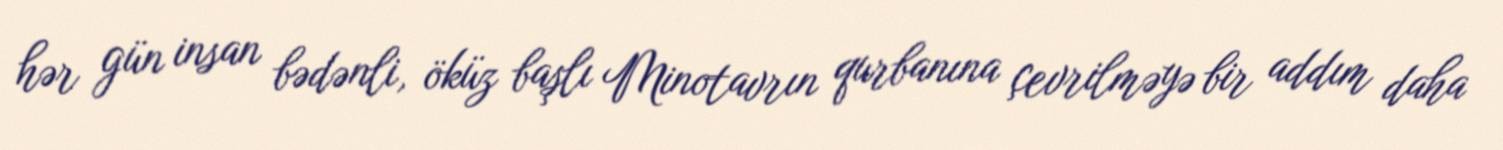
hər gün insan bədənli, öküz başlı Minotavrın qurbanına çevrilməyə bir addım daha